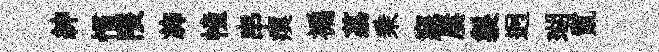
紳慣隈斾幢串瘼褊荔乗寐屢製迥瑚鬣